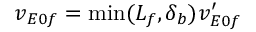
v _ { E 0 f } = \mathrm { m i n } ( L _ { f } , \delta _ { b } ) v _ { E 0 f } ^ { \prime }